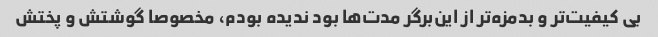
بی کیفیت‌تر و بدمزه‌تر از این‌برگر مدت‌ها بود ندیده بودم، مخصوصا گوشتش و پختش